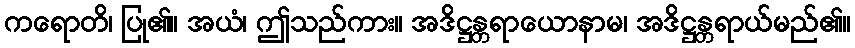
ကရောတိ၊ ပြု၏။ အယံ၊ ဤသည်ကား။ အဒိဋ္ဌန္တရာယောနာမ၊ အဒိဋ္ဌန္တရာယ်မည်၏။